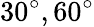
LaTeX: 30^{\circ},60^{\circ}